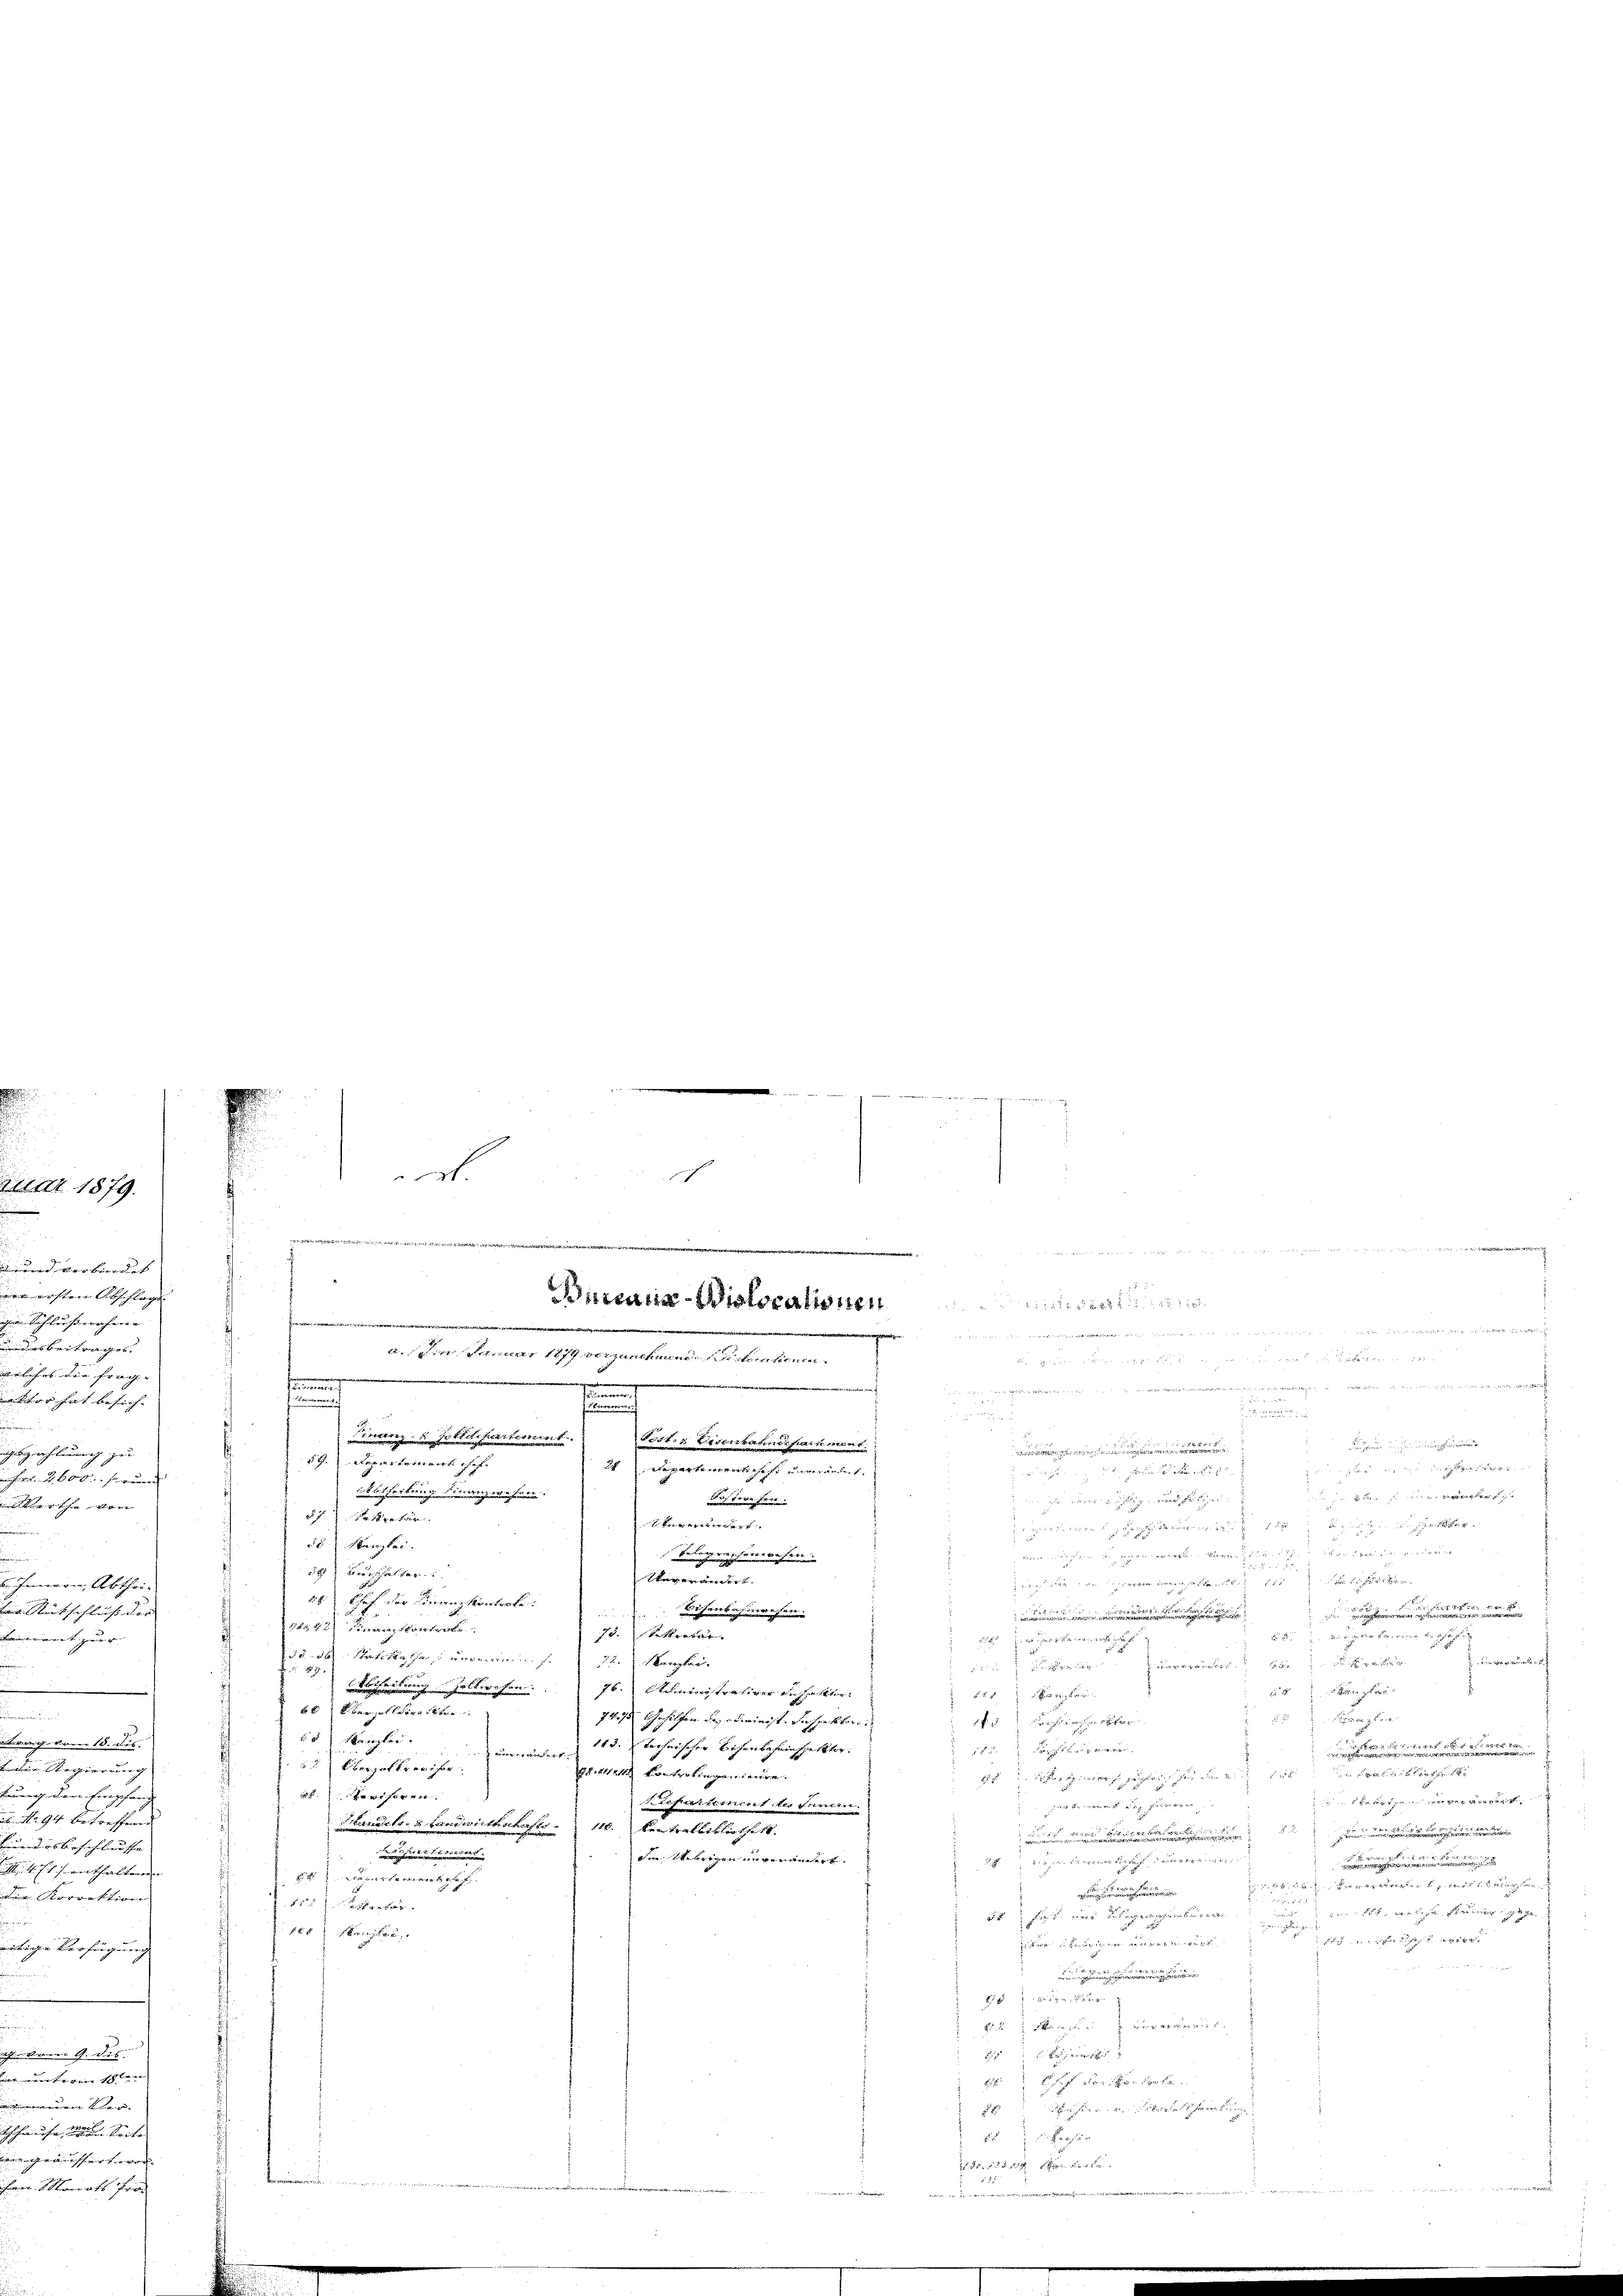
Scheinu
 Fro

Renten der er die eine ver
u in den
eingerenten
ain dem 1stenzanchen unterhin

e
                                                                              Manne man man sicher von
 sammen
          gehentlich u. mich bewilligen
fu
u
mmen.

Bundenz Hohen Fernen. F.
Porten Eisenbahndien
59. Departement chef.
24 Repartementschaft unverändert.
 hr. König einigen
Aus Freihen
57 Parkretär.
e

5stanzlei.
.
 2
örde die sie
Belegensherinne
n
 verehelicher
Unveränder
 einen die weg,
28. Chef der Finanzkontrate.
Visenbahnwesen.

.
 innern
75.Ratkretär.
 en einen den der

dd 5. Matile han, unvermin der Manger
dir war aus der u.

Bescheidung halberechen.
74. Administrativer Ansetzter
 gan
 u K
2ter leereiten

74, Gehilfen des Birinist. Inspektore
5 f. Weise rechen schlage
) Kanzlei.
uerwändere & 13. Technischer Bichenbeheinschalktor
.

25. Oberpolkreiser
te Konterlingen wäre.
2er einer paren das den allen
efre
de vereinsamer geg
lehaltement der Stimmen.

Handels- u. Landwirthschaft 110. Centralbibliothek.

.
vinen ungenendet
.
.......
pauer freien
mut, den Erwarten es mir hat

152. Secretar
u
, wenn sammer gege
de dies wird anderen unserer

188 Abenden,

B ge
.
25 x
  der

 eiten der de

r aper
1
c die sich
 ich in den verein
i
 est in den
u

x
zu

g

274 die Angst ging an de
M
Bureaua-Wistorationen verstine

a

d
.

e
fad zu er¬